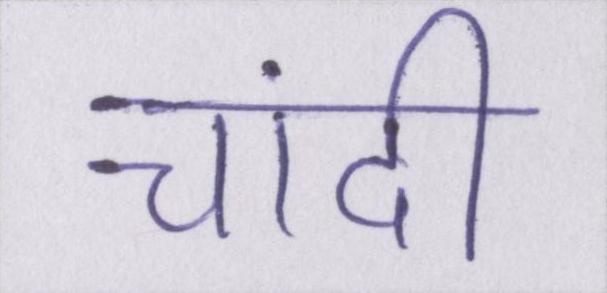
चांदी